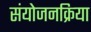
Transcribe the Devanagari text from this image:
संयोजनक्रिया